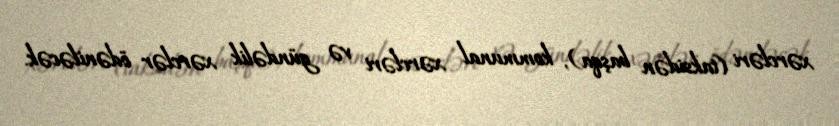
xərcləri (taksidən başqa), kommunal xərcləri və gündəlik xərclər ödəniləcək.